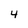
Character: 4